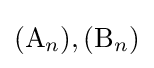
(\mathrm {A} _{n}),(\mathrm {B} _{n})